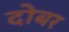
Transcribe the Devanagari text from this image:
दोबर